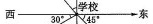
西-30°个45'东